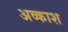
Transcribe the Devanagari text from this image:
अव्काश